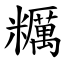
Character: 糲